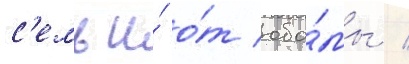
с'емьи́ о́т оба́мы /